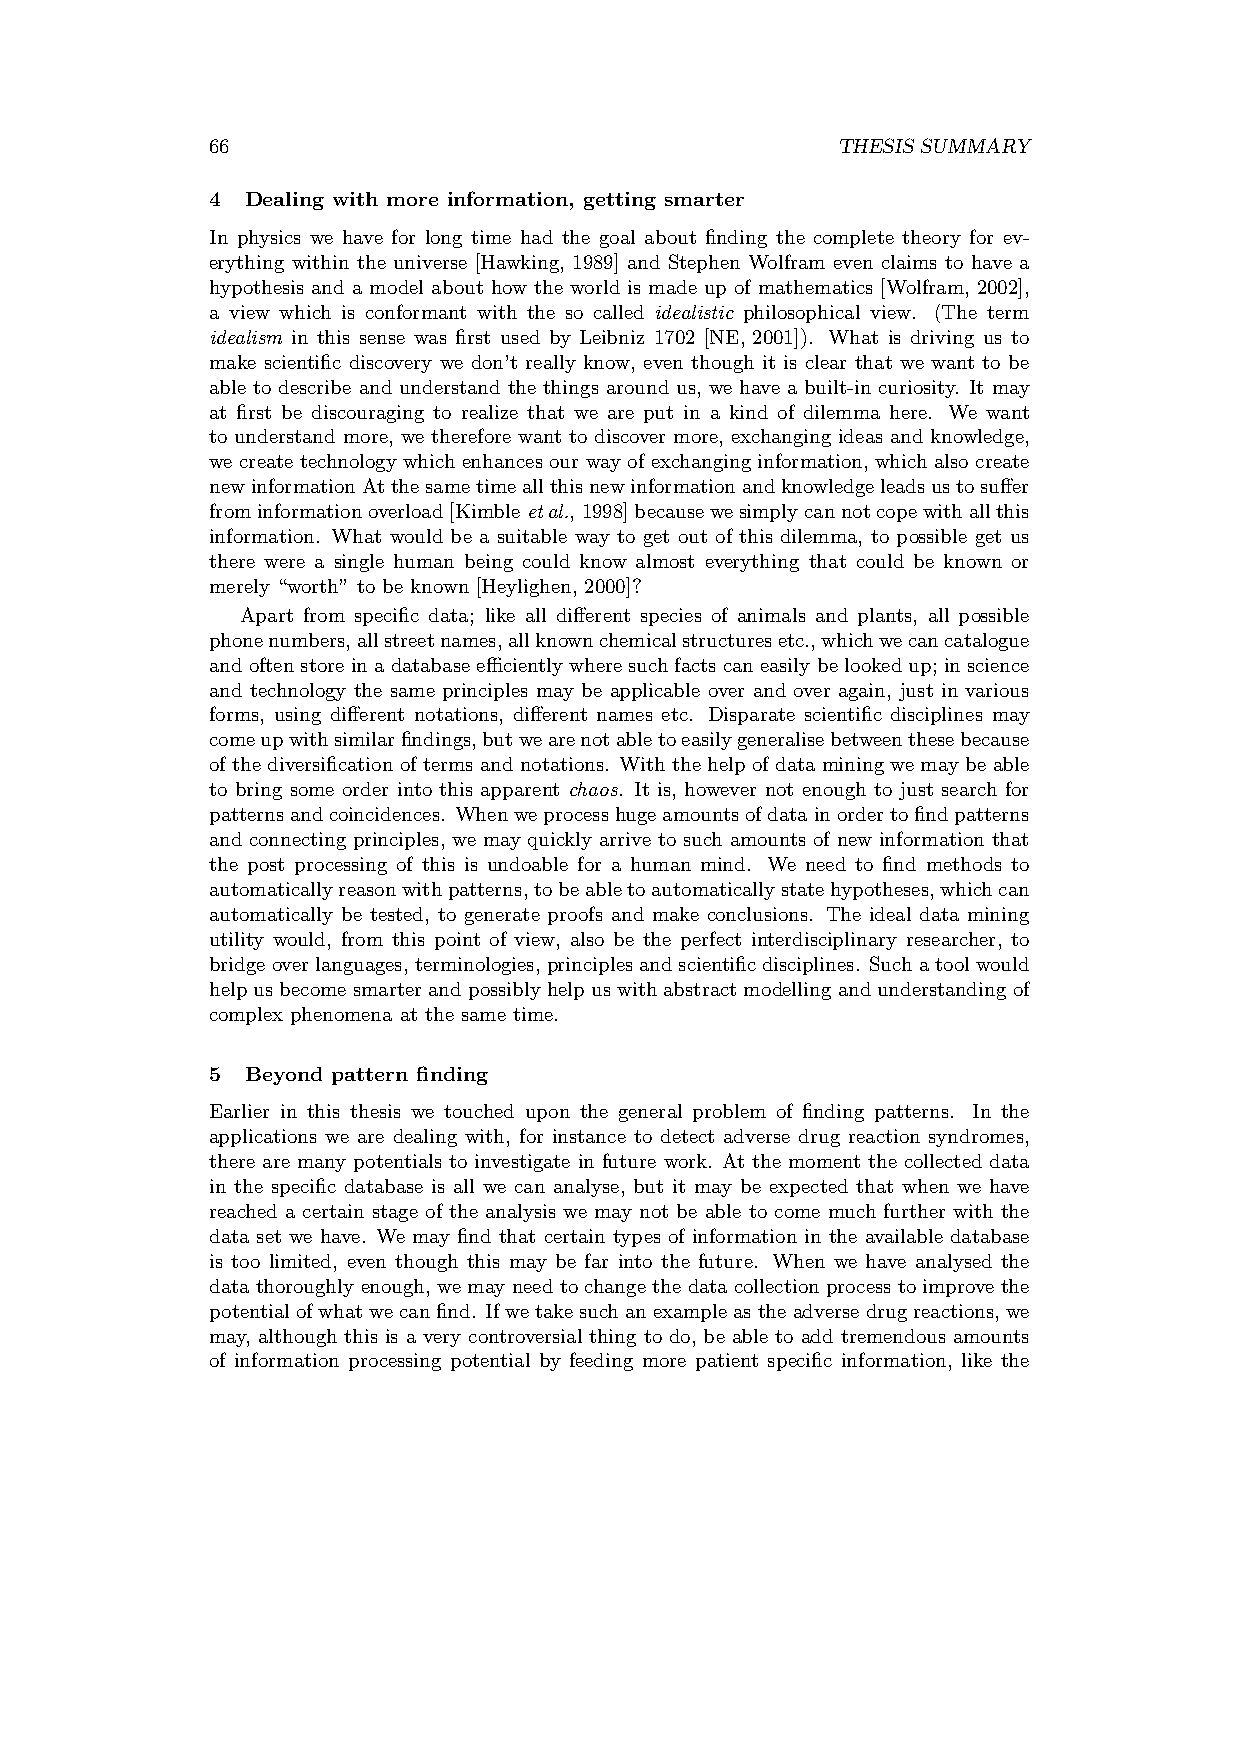
66                                       THESIS SUMMARY
 4 Dealing with more information, getting smarter
 In physics we have for long time had the goal about finding the complete theory for ev-
 erything within the universe [Hawking, 1989] and Stephen Wolfram even claims to have a
 hypothesis and a model about how the world is made up of mathematics [Wolfram, 2002],
 a view which is conformant with the so called idealistic philosophical view. (The term
 idealism in this sense was first used by Leibniz 1702 [NE, 2001]). What is driving us to
 make scientific discovery we don’t really know, even though it is clear that we want to be
 able to describe and understand the things around us, we have a built-in curiosity. It may
 at first be discouraging to realize that we are put in a kind of dilemma here. We want
 to understand more, we therefore want to discover more, exchanging ideas and knowledge,
 we create technology which enhances our way of exchanging information, which also create
 newinformationAtthesametimeallthisnewinformationandknowledgeleadsustosuffer
 frominformationoverload[Kimble etal., 1998]becausewesimplycannotcopewithallthis
 information. What would be a suitable way to get out of this dilemma, to possible get us
 there were a single human being could know almost everything that could be known or
 merely “worth” to be known [Heylighen, 2000]?
 Apart from specific data; like all different species of animals and plants, all possible
 phonenumbers,allstreetnames,allknownchemicalstructuresetc.,whichwecancatalogue
 andoftenstoreinadatabaseefficientlywheresuchfactscaneasilybelookedup; inscience
 and technology the same principles may be applicable over and over again, just in various
 forms, using different notations, different names etc. Disparate scientific disciplines may
 comeupwithsimilarfindings,butwearenotabletoeasilygeneralisebetweenthesebecause
 of the diversification of terms and notations. With the help of data mining we may be able
 to bring some order into this apparent chaos. It is, however not enough to just search for
 patternsandcoincidences. Whenweprocesshugeamountsofdatainordertofindpatterns
 and connecting principles, we may quickly arrive to such amounts of new information that
 the post processing of this is undoable for a human mind. We need to find methods to
 automaticallyreasonwithpatterns,tobeabletoautomaticallystatehypotheses,whichcan
 automatically be tested, to generate proofs and make conclusions. The ideal data mining
 utility would, from this point of view, also be the perfect interdisciplinary researcher, to
 bridgeoverlanguages,terminologies,principlesandscientificdisciplines. Suchatoolwould
 helpusbecomesmarterandpossiblyhelpuswithabstractmodellingandunderstandingof
 complex phenomena at the same time.
 5 Beyond pattern finding
 Earlier in this thesis we touched upon the general problem of finding patterns. In the
 applications we are dealing with, for instance to detect adverse drug reaction syndromes,
 there are many potentials to investigate in future work. At the moment the collected data
 in the specific database is all we can analyse, but it may be expected that when we have
 reached a certain stage of the analysis we may not be able to come much further with the
 data set we have. We may find that certain types of information in the available database
 is too limited, even though this may be far into the future. When we have analysed the
 data thoroughly enough, we may need to change the data collection process to improve the
 potentialofwhatwecanfind. Ifwetakesuchanexampleastheadversedrugreactions,we
 may, although this is a very controversial thing to do, be able to add tremendous amounts
 of information processing potential by feeding more patient specific information, like the